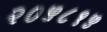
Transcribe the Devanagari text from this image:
२०५८१५